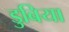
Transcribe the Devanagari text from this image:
डुबिया